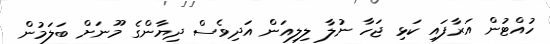
ހުއްޓުން އަރާފައި ކަޅި ޖަހާ ނުލާ ލިލިއަން އަދިވެސް ދިޔާންގެ މޫނަށް ބަލަމުން